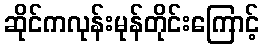
ဆိုင်ကလုန်းမုန်တိုင်းကြောင့်